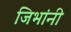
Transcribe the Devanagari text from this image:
जिभांनी